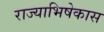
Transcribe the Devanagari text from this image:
राज्याभिषेकास